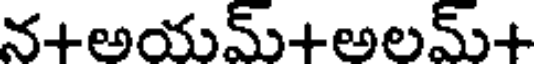
న+అయమ్+అలమ్+